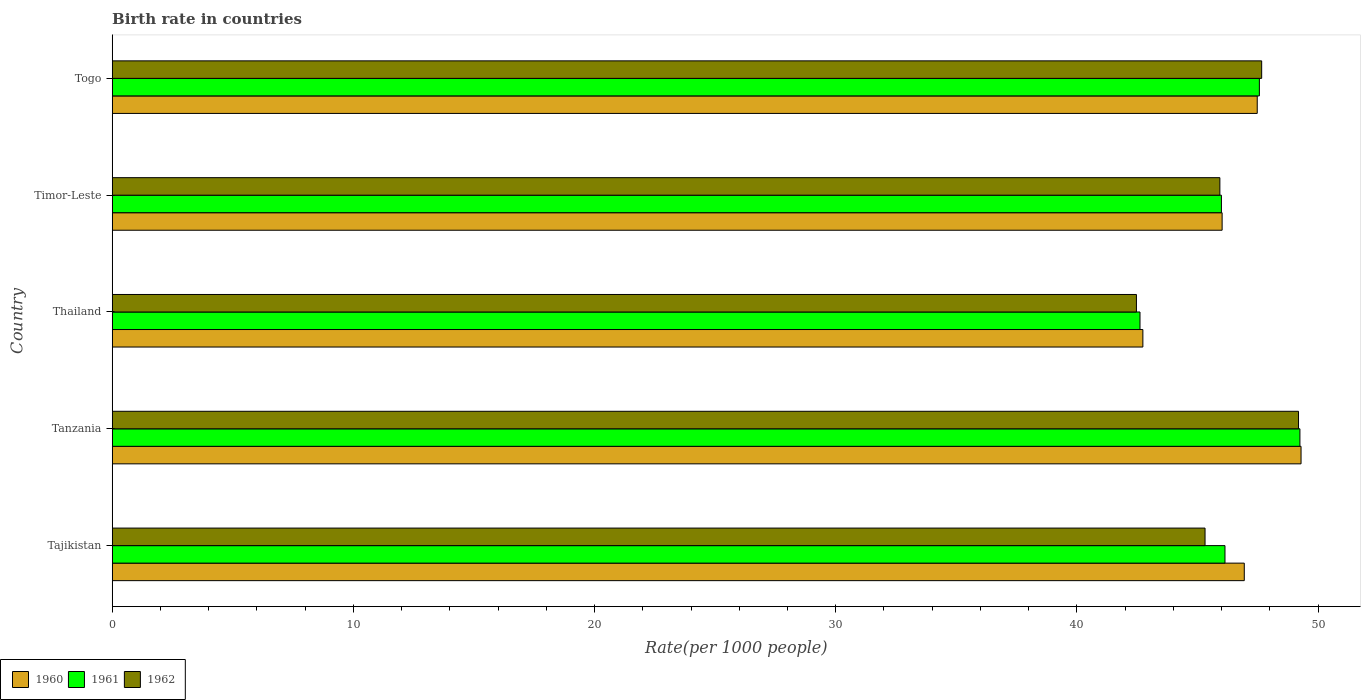
| Country | 1960 | 1961 | 1962 |
 | --- | --- | --- | --- |
 | Tajikistan | 46.9 | 46.1 | 45.3 |
 | Tanzania | 49.3 | 49.2 | 49.2 |
 | Thailand | 42.7 | 42.6 | 42.5 |
 | Timor-Leste | 46 | 46 | 45.9 |
 | Togo | 47.5 | 47.6 | 47.7 |